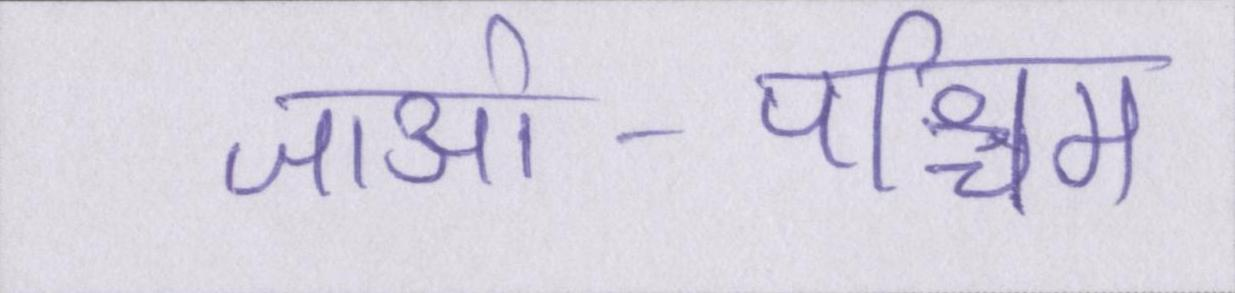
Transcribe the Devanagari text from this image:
जाओ-पश्चिम